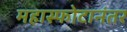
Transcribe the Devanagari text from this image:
महास्फोटानंतर